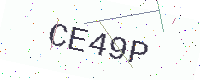
Text: CE49P